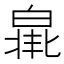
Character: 𤾐